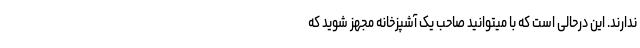
ندارند. این درحالی است که با میتوانید صاحب یک آشپزخانه مجهز شوید که